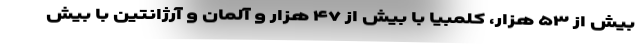
بیش از ۵۳ هزار، کلمبیا با بیش از ۴۷ هزار و آلمان و آرژانتین با بیش